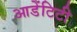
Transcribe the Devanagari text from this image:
आडेंटिटी